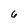
Character: 6